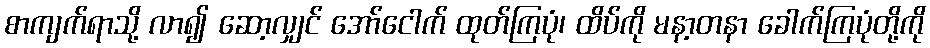
စာကျက်ရာသို့ လာ၍ ဆော့လျှင် အော်ငေါက် ထုတ်ကြပုံ၊ ထိပ်ကို မနာ့တနာ ခေါက်ကြပုံတို့ကို